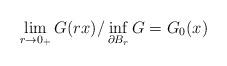
LaTeX: \begin{align*} \lim_{r\to 0_+} G(rx)/\inf_{\partial B_r}G = G_0(x) \end{align*}